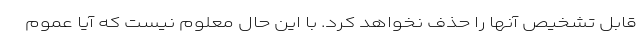
قابل تشخیص آنها را حذف نخواهد کرد. با این حال معلوم نیست که آیا عموم